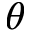
\theta